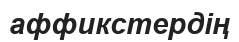
аффикстердің